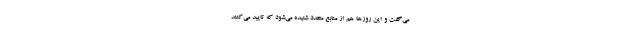
می‌گفت و این روزها هم از منابع متعدد شنیده می‌شود که تایید می‌کنند